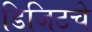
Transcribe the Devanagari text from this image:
डिजिटचे